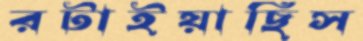
রটাইয়াছিস